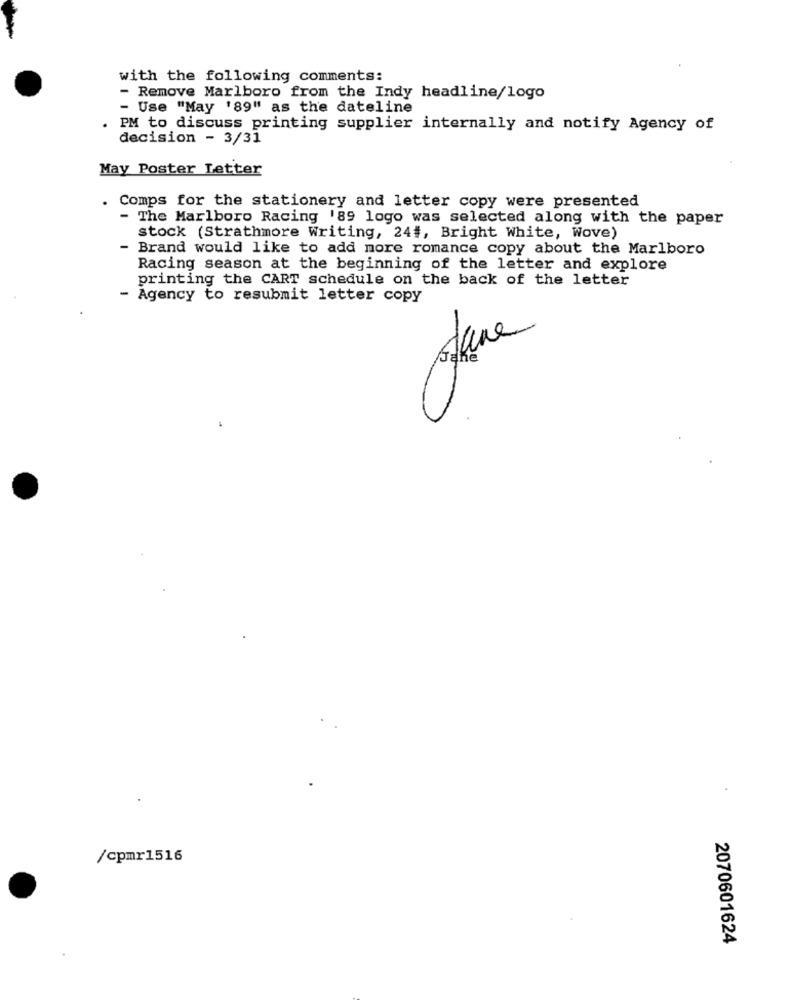
with the following comments:
- Remove Marlboro from the Indy headline/logo
- Use "May '89" as the dateline
PM to discuss printing supplier internally and notify Agency of
decision - 3/31
May Poster Letter
Comps for the stationery and letter copy were presented
- The Marlboro Racing '89 logo was selected along with the paper
stock (Strathmore Writing, 24#, Bright White, Wove)
- Brand would like to add more romance copy about the Marlboro
Racing season at the beginning of the letter and explore
printing the CART schedule on the back of the letter
- Agency to resubmit letter copy
/cpmr1516
2070601624